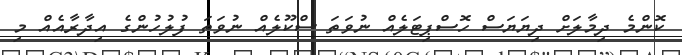
ކޮންމެ ދިމާލަށް ދިޔަޔަސް ހޮސްޕިޓަލެއް ނުވަތަ ސްކޫލެއް ނުވަތަ ފުލުހުންގެ އިދާރާއެއް މި